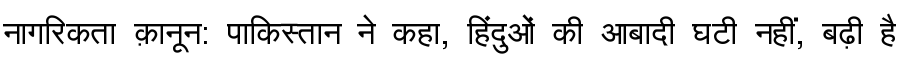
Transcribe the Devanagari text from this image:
नागरिकता क़ानून: पाकिस्तान ने कहा, हिंदुओं की आबादी घटी नहीं, बढ़ी है